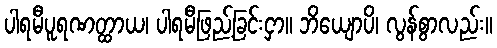
ပါရမီပူရဏတ္ထာယ၊ ပါရမီဖြည့်ခြင်းငှာ။ ဘိယျောပိ၊ လွန်စွာလည်း။